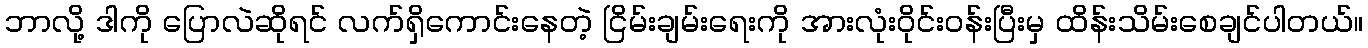
ဘာလို့ ဒါကို ပြောလဲဆိုရင် လက်ရှိကောင်းနေတဲ့ ငြိမ်းချမ်းရေးကို အားလုံးဝိုင်းဝန်းပြီးမှ ထိန်းသိမ်းစေချင်ပါတယ်။